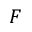
F